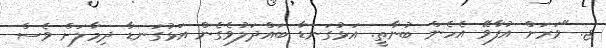
ޖ. "ވަރަށް އުފާވޭ އެހެން ބުނާތީ. އަޅުގަނޑާ ބައްދަލުވެގެން އަޅުގަނޑާ ދިމާލަށް ވެސް